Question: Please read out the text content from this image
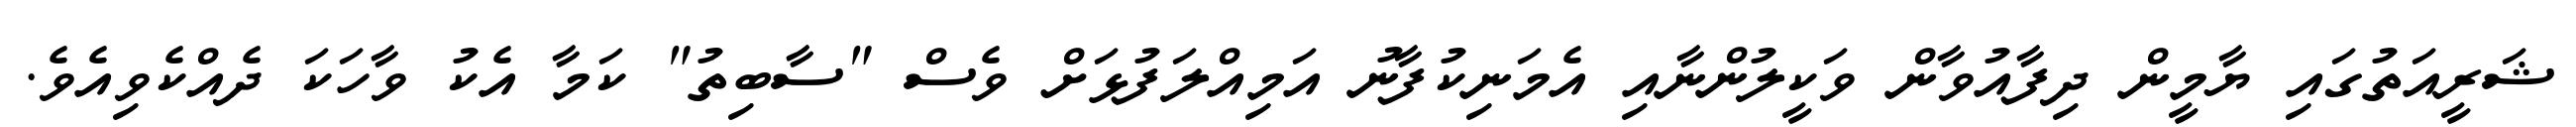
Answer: ޝަރީއަތުގައި ޔާމީން ދިފާއުވާން ވަކީލުންނާއި އެމަނިކުފާނު އަމިއްލަފުޅަށް ވެސް "ސާބިތު" ކަމާ އެކު ވާހަކަ ދެއްކެވިއެވެ.